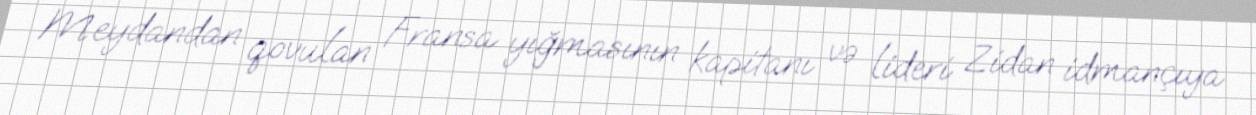
Meydandan qovulan Fransa yığmasının kapitanı və lideri Zidan idmançıya